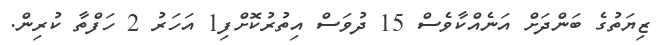
ޒިޔަތުގެ ބަންދަށް އަނެއްކާވެސް 15 ދުވަސް އިތުރުކޮށްފި1 އަހަރު 2 ހަފްތާ ކުރިން.